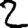
Digit: 2